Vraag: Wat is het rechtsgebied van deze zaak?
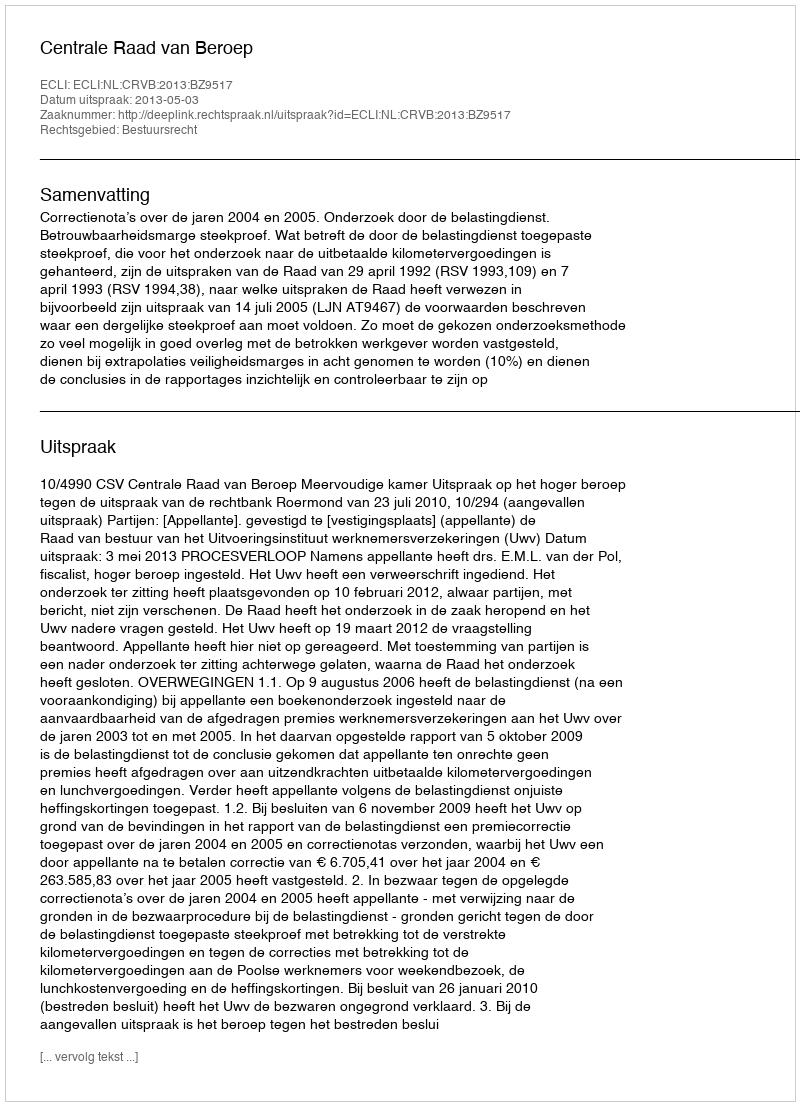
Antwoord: Bestuursrecht